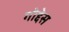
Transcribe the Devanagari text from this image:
गोद्देस